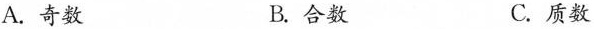
A.奇数 B.合数 C.质数